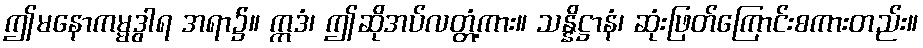
ဤမနောကမ္မဒွါရ အရာ၌။ ဣဒံ၊ ဤဆိုအပ်လတ္တံ့ကား။ သန္နိဋ္ဌာနံ၊ ဆုံးဖြတ်ကြောင်းစကားတည်း။